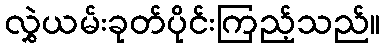
လွှဲယမ်းခုတ်ပိုင်းကြည့်သည်။